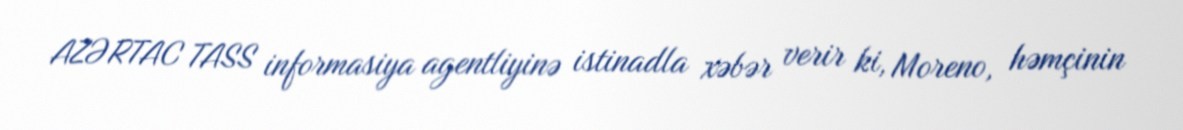
AZƏRTAC TASS informasiya agentliyinə istinadla xəbər verir ki, Moreno, həmçinin